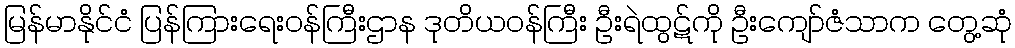
မြန်မာနိုင်ငံ ပြန်ကြားရေးဝန်ကြီးဌာန ဒုတိယဝန်ကြီး ဦးရဲထွဋ်ကို ဦးကျော်ဇံသာက တွေ့ဆုံ